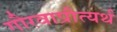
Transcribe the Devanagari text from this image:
गौरवाप्रीत्यर्थ